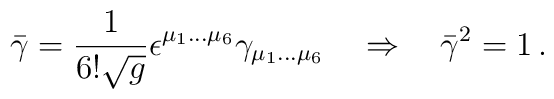
\bar \gamma = \frac1{6!\sqrt g} \epsilon^{\mu_1\dots\mu_6} \gamma_{\mu_1\dots\mu_6} \quad \Rightarrow \quad \bar \gamma^2=1\,.